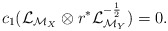
\begin{align*}c_{1}(\mathcal{L}_{\mathcal{M}_{X}}\otimes r^{*}\mathcal{L}_{\mathcal{M}_{Y}}^{-\frac{1}{2}})=0. \end{align*}